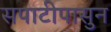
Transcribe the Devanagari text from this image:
सपाटीपासुन